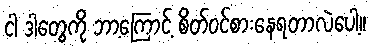
ငါ ဒါတွေကို ဘာ့ကြောင့် စိတ်ဝင်စားနေရတာလဲပေါ့။